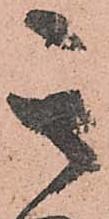
其